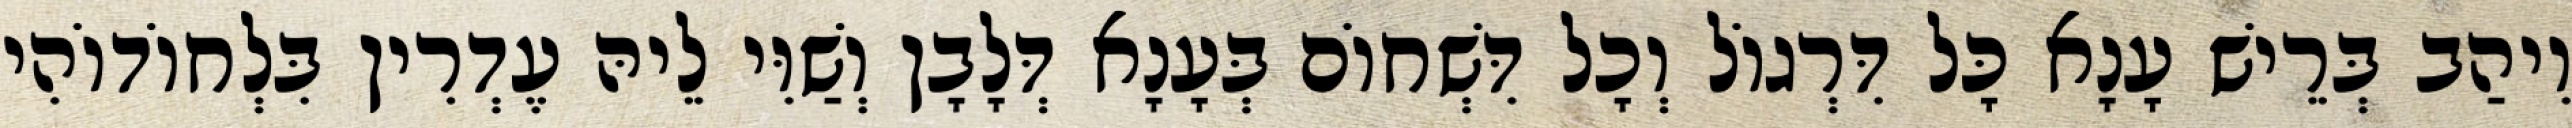
וִיהַב בְּרֵישׁ עָנָא כָּל דִּרְגוֹל וְכָל דִּשְׁחוֹם בְּעָנָא דְּלָבָן וְשַׁוִּי לֵיהּ עֶדְרִין בִּלְחוֹדוֹהִי